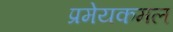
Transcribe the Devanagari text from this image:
प्रमेयकमल